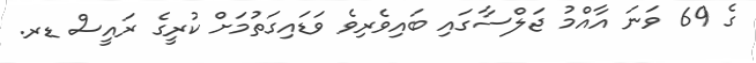
ގެ 69 ވަނަ އާއްމު ޖަލްސާގައި ބައިވެރިވެ ވަޑައިގަތުމަށް ކުރީގެ ރައީސް ޑރ.